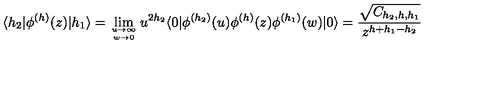
\langle h _ { 2 } | \phi ^ { ( h ) } ( z ) | h _ { 1 } \rangle = \lim _ { u \rightarrow \infty \atop w \rightarrow 0 } u ^ { 2 h _ { 2 } } \langle 0 | \phi ^ { ( h _ { 2 } ) } ( u ) \phi ^ { ( h ) } ( z ) \phi ^ { ( h _ { 1 } ) } ( w ) | 0 \rangle = \frac { \sqrt { C _ { h _ { 2 } , h , h _ { 1 } } } } { z ^ { h + h _ { 1 } - h _ { 2 } } }